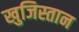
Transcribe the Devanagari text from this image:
खुजिस्तान